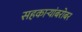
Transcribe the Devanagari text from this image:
सहकाऱ्यांबरोबर